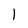
Character: 1